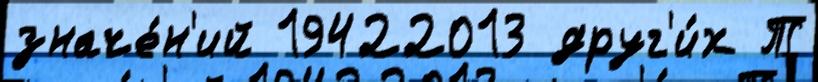
значе́н'ий 19422013 друг'и́х Т